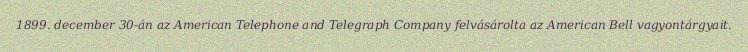
1899. december 30-án az American Telephone and Telegraph Company felvásárolta az American Bell vagyontárgyait.